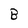
Character: B